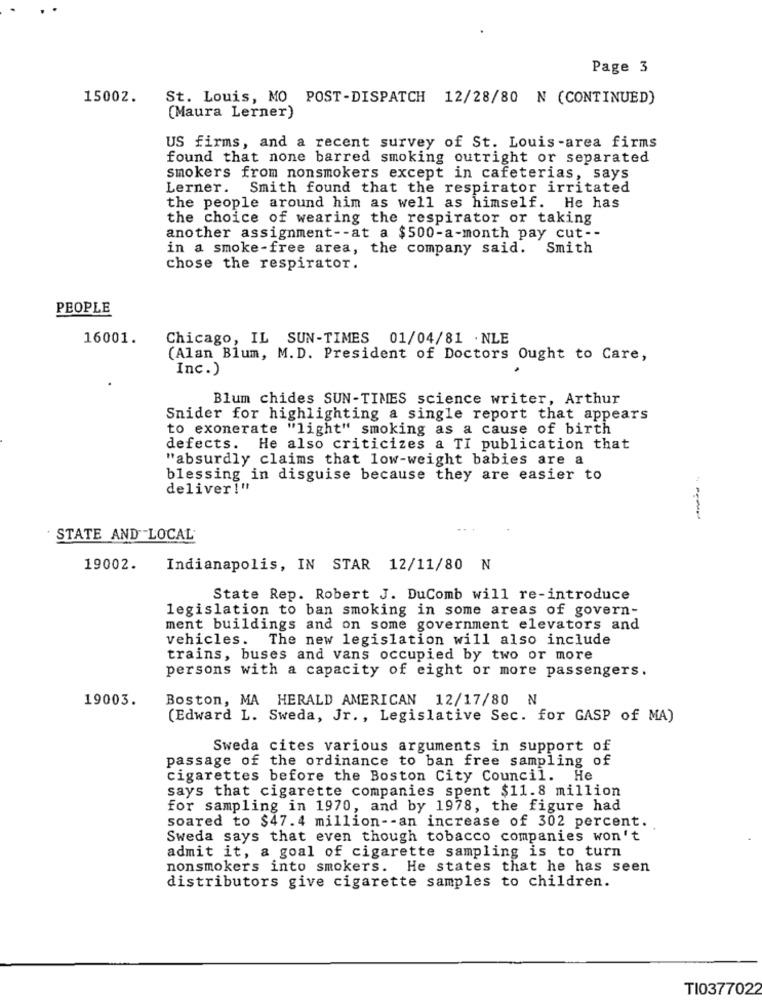
Page 3
15002.
St. Louis, MO POST-DISPATCH 12/28/80 N (CONTINUED)
(Maura Lerner)
US firms, and a recent survey of St. Louis-area firms
found that none barred smoking outright or separated
smokers from nonsmokers except in cafeterias, says
Lerner. Smith found that the respirator irritated
the people around him as well as himself. He has
the choice of wearing the respirator or taking
another assignment -- at a $500-a-month pay cut --
in a smoke-free area, the company said. Smith
chose the respirator.
PEOPLE
16001.
Chicago, IL SUN-TIMES 01/04/81 . NLE
(Alan Blum, M.D. President of Doctors Ought to Care,
Inc.)
Blum chides SUN-TIMES science writer, Arthur
Snider for highlighting a single report that appears
to exonerate "light" smoking as a cause of birth
defects. He also criticizes a TI publication that
"absurdly claims that low-weight babies are a
blessing in disguise because they are easier to
deliver !"
STATE AND LOCAL
19002.
Indianapolis, IN STAR 12/11/80 N
State Rep. Robert J. DuComb will re-introduce
legislation to ban smoking in some areas of govern-
ment buildings and on some government elevators and
vehicles. The new legislation will also include
trains, buses and vans occupied by two or more
persons with a capacity of eight or more passengers.
19003.
Boston, MA HERALD AMERICAN 12/17/80 N
(Edward L. Sweda, Jr ., Legislative Sec. for GASP of MA)
Sweda cites various arguments in support of
passage of the ordinance to ban free sampling of
cigarettes before the Boston City Council. He
says that cigarette companies spent $11.8 million
for sampling in 1970, and by 1978, the figure had
soared to $47.4 million -- an increase of 302 percent.
Sweda says that even though tobacco companies won't
admit it, a goal of cigarette sampling is to turn
nonsmokers into smokers. He states that he has seen
distributors give cigarette samples to children.
TI0377022